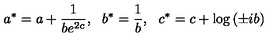
a ^ { * } = a + \frac { 1 } { b e ^ { 2 c } } , \: \: \: b ^ { * } = \frac { 1 } { b } , \: \: \: c ^ { * } = c + \log \left( \pm i b \right)